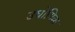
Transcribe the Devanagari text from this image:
उधोगिक